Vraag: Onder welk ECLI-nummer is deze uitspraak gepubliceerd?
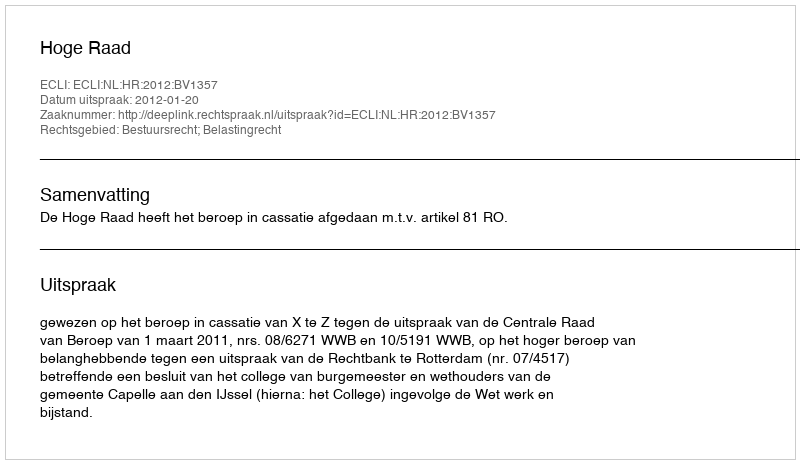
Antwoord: ECLI:NL:HR:2012:BV1357